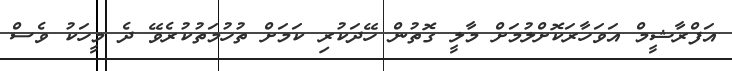
އަފްރާޝީމް އަވަހާރަކޮށްލުމަށް މާލީ ގޮތުން ހޭދަކުރި ކަމަށް ތުހުމަތުކުރެވޭ ދެ މީހަކު ވެސް